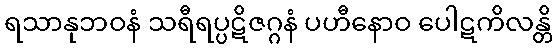
ရသာနုဘဝနံ သရီရပ္ပဋိဇဂ္ဂနံ ပဟီနောဝ ပေါဋကိလန္တိ